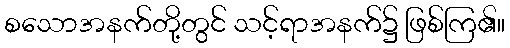
စသောအနက်တို့တွင် သင့်ရာအနက်၌ ဖြစ်ကြ၏။